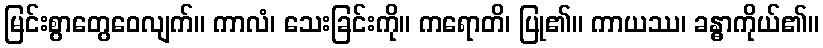
မြင်းစွာတွေဝေလျက်။ ကာလံ၊ သေးခြင်းကို။ ကရောတိ၊ ပြု၏။ ကာယဿ၊ ခန္ဓာကိုယ်၏။